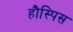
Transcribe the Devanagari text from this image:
हौस्पिस